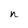
Character: n